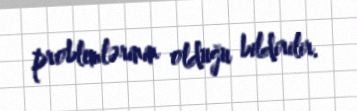
problemlərinin olduğu bildirilir.